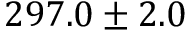
2 9 7 . 0 \pm 2 . 0